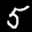
Label: 5